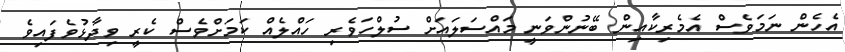
އެހެން ނަމަވެސް އެމެރިކާއިން ބޭނުންވަނީ މައްސަލައަށް ސުލްހަވެރި ހައްލެއް ކަމަށްވެސް ކެރީ ވިދާޅުވެފައިވެ